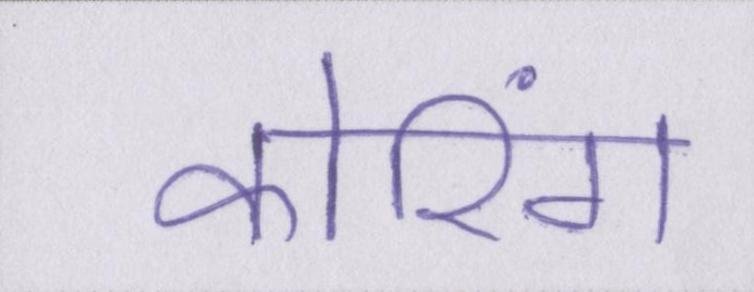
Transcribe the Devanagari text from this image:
कोरिंग